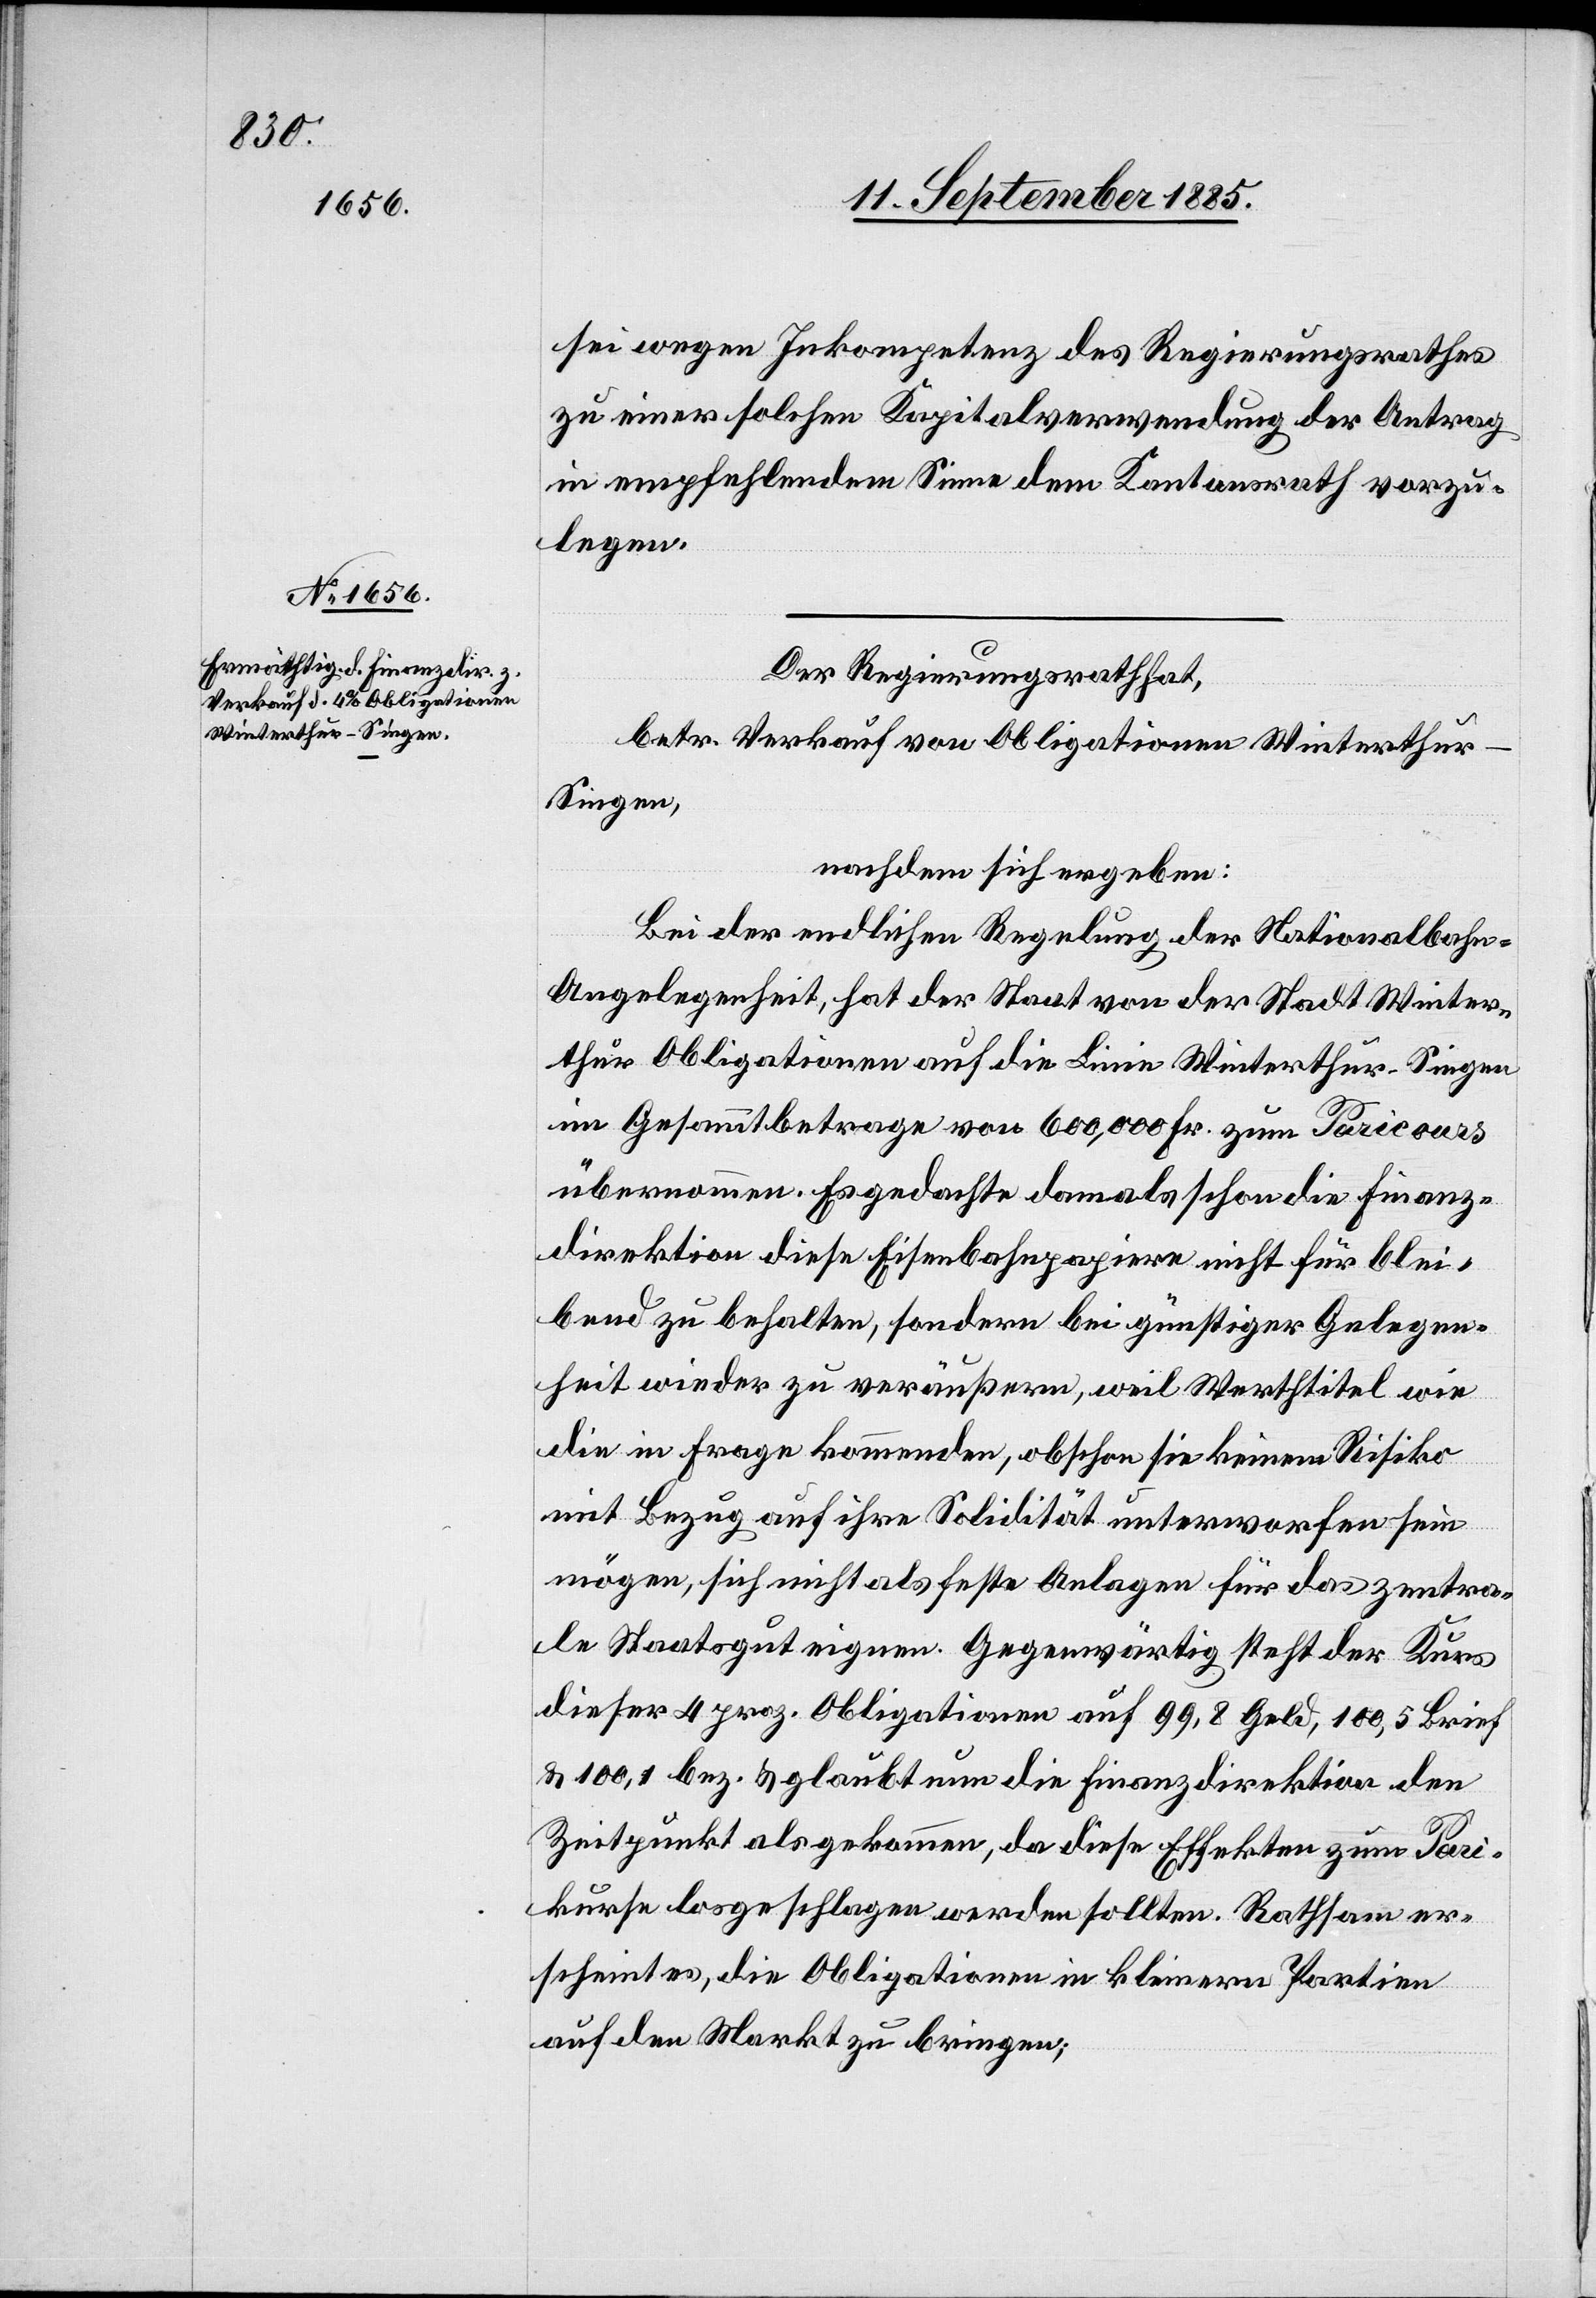
sei wegen Inkompetenz des Regierungsrathes
zu einer solchen Kapitalverwendung der Antrag
in empfehlendem Sinne dem Kantonsrath vorzu¬
legen.
Der Regierungsrath hat,
betr. Verkauf von Obligationen Winterthu¬
r–Singen,
nachdem sich ergeben:
Bei der endlichen Regelung der Nationalbahn¬
angelegenheit, hat der Staat von der Stadt Winter¬
thur Obligationen auf die Linie Winterthur–Singen
im Gesammtbetrage von 600,000 Fr. zum Paricours
übernommen. Es gedachte damals schon die Finanz¬
direktion diese Eisenbahnpapiere nicht für blei¬
bend zu behalten, sondern bei günstiger Gelegen¬
heit wieder zu veräußern, weil Werthtitel wie
die in Frage kommenden, obschon sie keinem Risiko
mit Bezug auf ihre Solidität unterworfen sein
mögen, sich nicht als feste Anlagen für das zentra¬
le Staatsgut eignen. Gegenwärtig steht der Kurs
dieser 4 proz. Obligationen auf 99,8 Geld, 100,5 Brief
& 100,1 bez. & glaubt nun die Finanzdirektion den
Zeitpunkt als gekommen, da diese Effekten zum Pari¬
kurse losgeschlagen werden sollten. Rathsam er¬
scheint es, die Obligationen in kleinern Partien
auf den Markt zu bringen;